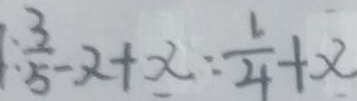
1 : \frac { 3 } { 5 } - x + x : \frac { 1 } { 4 } + x